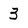
Character: 3